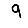
Digit: 9